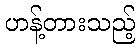
ဟန့်တားသည့်